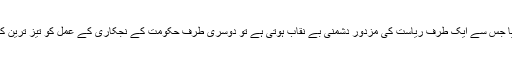
یہ شب خون یکم مئی کی رات پلان کیا گیا جس سے ایک طرف ریاست کی مزدور دشمنی بے نقاب ہوتی ہے تو دوسری طرف حکومت کے نجکاری کے عمل کو تیز ترین کرنے کے عزائم بھی واضح ہو جاتے ہیں۔